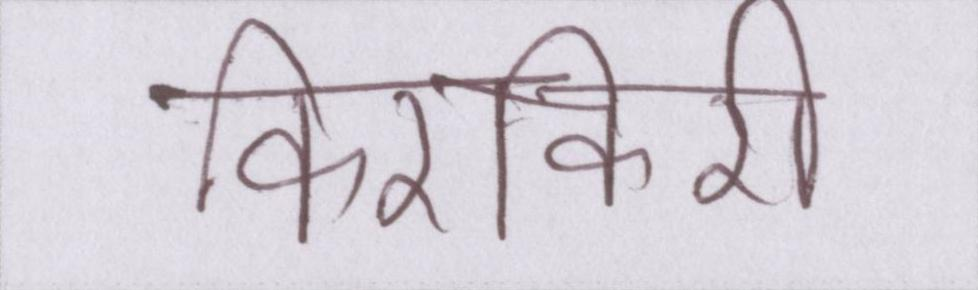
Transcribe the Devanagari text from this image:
किरकिरी